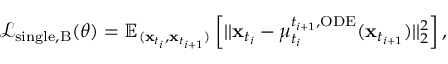
\begin{array} { r } { \mathcal { L } _ { \mathrm { s i n g l e , B } } ( \theta ) = \mathbb { E } _ { ( \mathbf { x } _ { t _ { i } } , \mathbf { x } _ { t _ { i + 1 } } ) } \left[ | | \mathbf { x } _ { t _ { i } } - \mu _ { t _ { i } } ^ { t _ { i + 1 } , \mathrm { O D E } } ( \mathbf { x } _ { t _ { i + 1 } } ) | | _ { 2 } ^ { 2 } \right] , } \end{array}